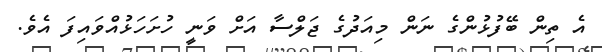
އެ ތިން ބޭފުޅުންގެ ނަން މިއަދުގެ ޖަލްސާ އަށް ވަނީ ހުށަހަޅުއްވައިފަ އެވެ.